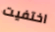
اختفيت